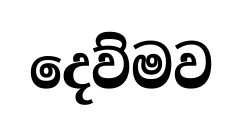
දෙව්මව